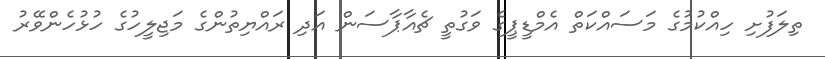
ތިލަފުށި ހިއްކުމުގެ މަސައްކަތް އެމްޑީޕީގެ ވަގުތީ ޗެއާޕާސަން އަދި ރައްޔިތުންގެ މަޖިލީހުގެ ހުޅުހެންވޭރު